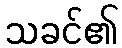
သခင်၏